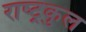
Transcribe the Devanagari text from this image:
राष्‍ट्रकुल